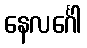
နေလင်္ဂေါ